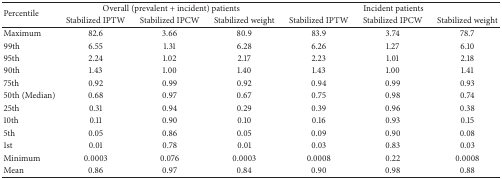
<table><thead><tr><td rowspan="2"><b>Percentile</b></td><td colspan="3"><b>Overall (prevalent + incident) patients</b></td><td colspan="3"><b>Incident patients</b></td></tr><tr><td><b>Stabilized IPTW </b></td><td><b>Stabilized IPCW </b></td><td><b>Stabilized weight</b></td><td><b>Stabilized IPTW </b></td><td><b>Stabilized IPCW </b></td><td><b>Stabilized weight</b></td></tr></thead><tbody><tr><td>Maximum </td><td>82.6</td><td>3.66</td><td>80.9</td><td>83.9</td><td>3.74</td><td>78.7</td></tr><tr><td>99th </td><td>6.55</td><td>1.31</td><td>6.28</td><td>6.26</td><td>1.27</td><td>6.10</td></tr><tr><td>95th </td><td>2.24</td><td>1.02</td><td>2.17</td><td>2.23</td><td>1.01</td><td>2.18</td></tr><tr><td>90th </td><td>1.43</td><td>1.00</td><td>1.40</td><td>1.43</td><td>1.00</td><td>1.41</td></tr><tr><td>75th </td><td>0.92</td><td>0.99</td><td>0.92</td><td>0.94</td><td>0.99</td><td>0.93</td></tr><tr><td>50th (Median) </td><td>0.68</td><td>0.97</td><td>0.67</td><td>0.75</td><td>0.98</td><td>0.74</td></tr><tr><td>25th </td><td>0.31</td><td>0.94</td><td>0.29</td><td>0.39</td><td>0.96</td><td>0.38</td></tr><tr><td>10th </td><td>0.11</td><td>0.90</td><td>0.10</td><td>0.16</td><td>0.93</td><td>0.15</td></tr><tr><td>5th </td><td>0.05</td><td>0.86</td><td>0.05</td><td>0.09</td><td>0.90</td><td>0.08</td></tr><tr><td>1st </td><td>0.01</td><td>0.78</td><td>0.01</td><td>0.03</td><td>0.83</td><td>0.03</td></tr><tr><td>Minimum </td><td>0.0003</td><td>0.076</td><td>0.0003</td><td>0.0008</td><td>0.22</td><td>0.0008</td></tr><tr><td>Mean</td><td>0.86</td><td>0.97</td><td>0.84</td><td>0.90</td><td>0.98</td><td>0.88</td></tr></tbody></table>